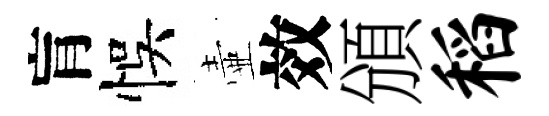
肓悞壷效頒稻